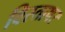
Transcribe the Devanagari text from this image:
विस्ताषर